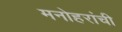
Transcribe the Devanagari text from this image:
मनोहरांची